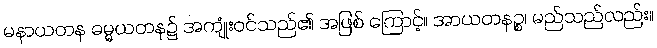
မနာယတန ဓမ္မယတန၌ အကျုံးဝင်သည်၏ အဖြစ် ကြောင့်။ အာယတနဉ္စ၊ မည်သည်လည်း။